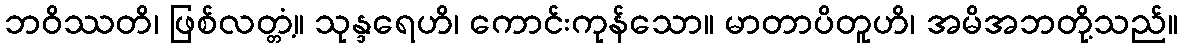
ဘဝိဿတိ၊ ဖြစ်လတ္တံ့။ သုန္ဒရေဟိ၊ ကောင်းကုန်သော။ မာတာပိတူဟိ၊ အမိအဘတို့သည်။